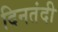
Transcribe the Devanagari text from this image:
दिनतंदी